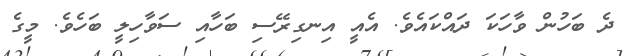
ދެ ބަހުން ވާހަކަ ދައްކައެވެ. އެއީ އިނގިރޭސި ބަހާއި ސަވާހިލީ ބަހެވެ. މީގެ